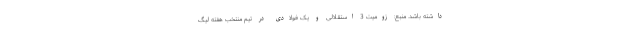
داشته باشد. منبع: زومیت 3 استقلالی و یک فولادی در تیم منتخب هفته لیگ